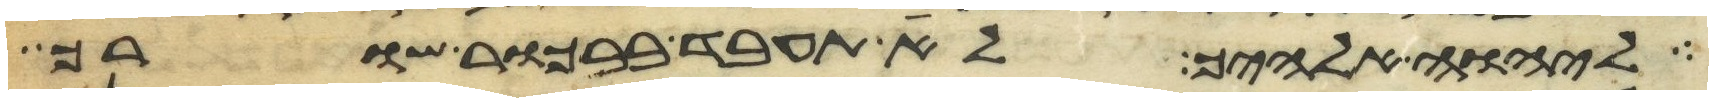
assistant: ליהוה אלהיך לא תעבד בבכור שורך